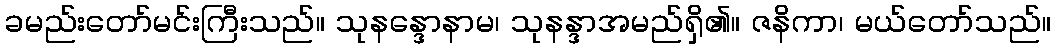
ခမည်းတော်မင်းကြီးသည်။ သုနန္ဒောနာမ၊ သုနန္ဒာအမည်ရှိ၏။ ဇနိကာ၊ မယ်တော်သည်။